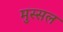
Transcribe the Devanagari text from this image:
मुस्सल